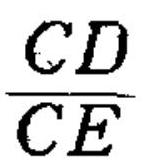
\(\frac{CD}{CE}\)